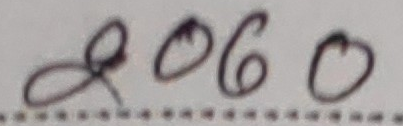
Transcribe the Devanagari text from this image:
८०६०